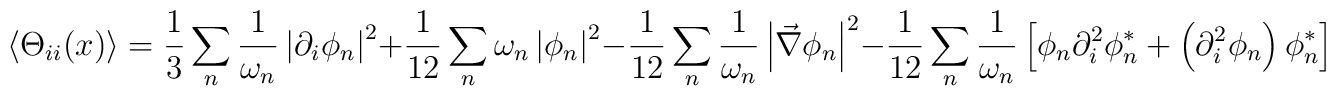
\left\langle \Theta _{ii}(x)\right\rangle =\frac{1}{3}\sum_{n}\frac{1}{\omega _{n}}\left| \partial _{i}\phi _{n}\right| ^{2}+\frac{1}{12}\sum_{n}\omega _{n}\left| \phi _{n}\right| ^{2}-\frac{1}{12}\sum_{n}\frac{1}{\omega _{n}}\left| \vec{\nabla}\phi _{n}\right| ^{2}-\frac{1}{12}\sum_{n}\frac{1}{\omega _{n}}\left[ \phi _{n}\partial _{i}^{2}\phi _{n}^{*}+\left(\partial _{i}^{2}\phi _{n}\right) \phi _{n}^{*}\right]